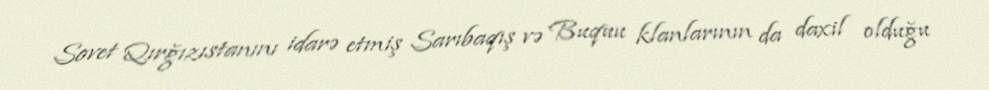
Sovet Qırğızıstanını idarə etmiş Sarıbaqış və Buquu klanlarının da daxil olduğu